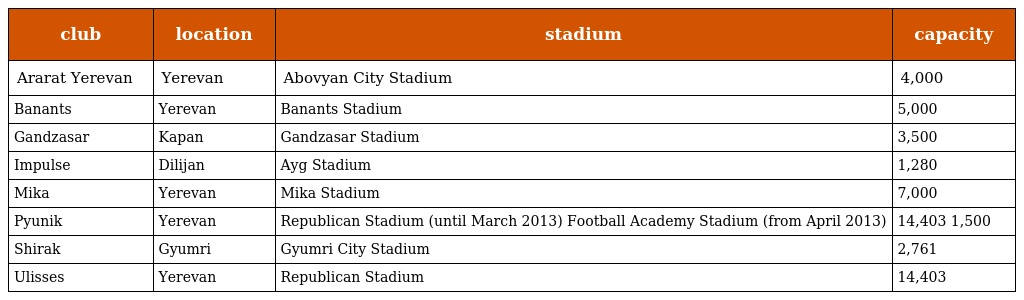
| club | location | stadium | capacity |
 | --- | --- | --- | --- |
 | Ararat Yerevan | Yerevan | Abovyan City Stadium | 4,000 |
 | Banants | Yerevan | Banants Stadium | 5,000 |
 | Gandzasar | Kapan | Gandzasar Stadium | 3,500 |
 | Impulse | Dilijan | Ayg Stadium | 1,280 |
 | Mika | Yerevan | Mika Stadium | 7,000 |
 | Pyunik | Yerevan | Republican Stadium (until March 2013) Football Academy Stadium (from April 2013) | 14,403 1,500 |
 | Shirak | Gyumri | Gyumri City Stadium | 2,761 |
 | Ulisses | Yerevan | Republican Stadium | 14,403 |